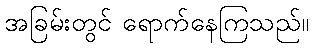
အခြမ်းတွင် ရောက်နေကြသည်။